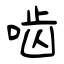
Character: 啮